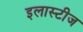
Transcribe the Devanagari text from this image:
इलास्टीज